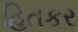
હિતકર